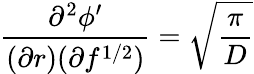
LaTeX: \frac{\partial^{2}{\phi^{\prime}}}{(\partial{r})(\partial{f^{1/2})}}=\sqrt{\frac{\pi}{D}}